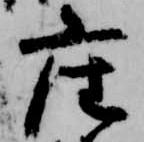
座